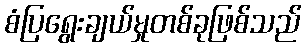
စံပြရွေးချယ်မှုတစ်ခုဖြစ်သည်